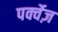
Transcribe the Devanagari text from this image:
पर्क्वेज़